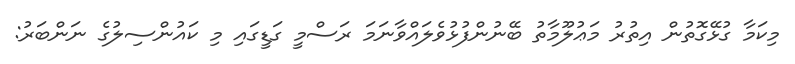
މިކަމާ ގުޅޭގޮތުން އިތުރު މަޢުލޫމާތު ބޭނުންފުޅުވެލައްވާނަމަ ރަސްމީ ގަޑީގައި މި ކައުންސިލުގެ ނަންބަރު: